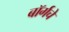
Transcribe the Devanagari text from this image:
बॉर्गचे